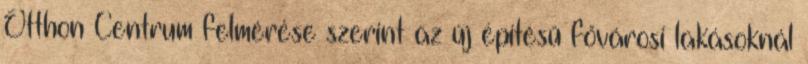
Otthon Centrum felmérése szerint az új építésű fővárosi lakásoknál